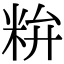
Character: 𥹇